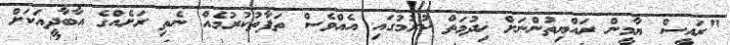
"ރައީސް ޔާމީން ރައްޔިތުންނަށް ޚިދުމަތް ކުރުމުގައި އެއްވެސް ތަފާތުކުރުމެއް ނެތި ރަށެއްގެ އާބާދީއަކަށް